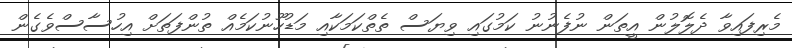
މެރިފައިވާ ދެލޮލުން އީތަން ނުފެނުނު ކަމުގައި ވިޔަސް ތެތްކަމަކާއި މަޑުހޫނުކަމެއް ތުންފަތަށް އިހުސާސްވެގެން